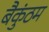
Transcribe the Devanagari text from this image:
बैकुंठम